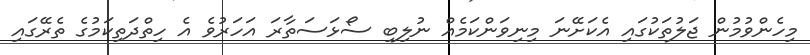
މިހެންވުމުން ޖަލުތަކުގައި އެކަށޭނަ މިނިވަންކަމެއް ނުލިބި ސޯޅަސަތާރަ އަހަރުވެ އެ ހިތްދަތިކަމުގެ ތެރޭގައި